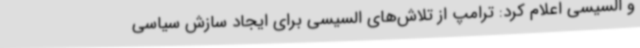
و السیسی اعلام کرد: ترامپ از تلاش‌های السیسی برای ایجاد سازش سیاسی